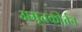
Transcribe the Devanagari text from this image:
अमृतकीर्तन